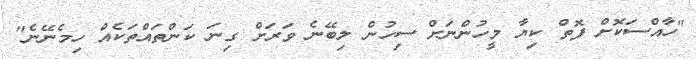
"ހާއްސަކޮށް ފޮތް ކިޔާ މީހުންނަށް ސިހުން ލިބޭނެ ވަރަށް ގިނަ ކަންތައްތަކެއް ހިމެނޭނެ"